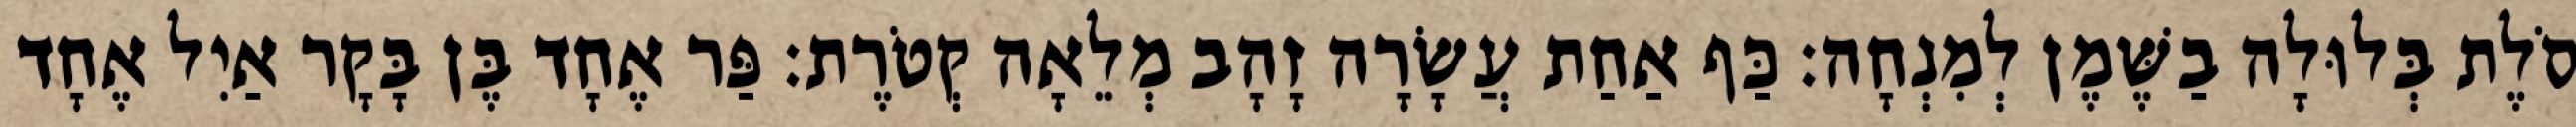
סֹלֶת בְּלוּלָה בַשֶּׁמֶן לְמִנְחָה׃ כַּף אַחַת עֲשָׂרָה זָהָב מְלֵאָה קְטֹרֶת׃ פַּר אֶחָד בֶּן בָּקָר אַיִל אֶחָד